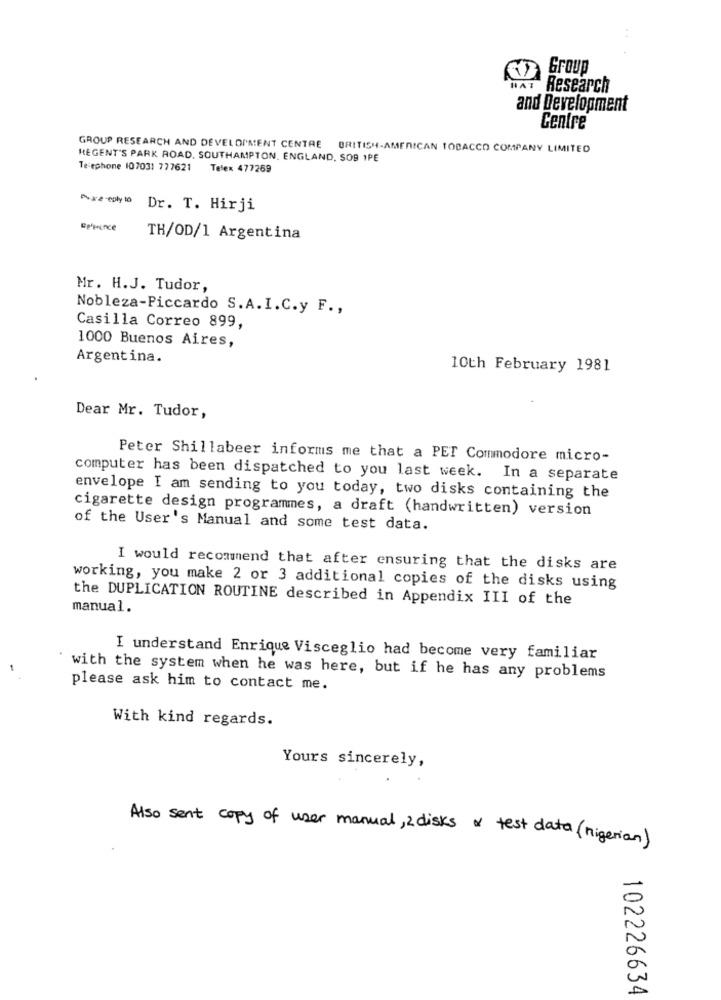
Group
HAT
Research
and Development
Centre
GROUP RESEARCH AND DEVELOPMENT CENTRE BRITISH-AMERICAN TOBACCO COMPANY LIMITED
REGENT'S PARK ROAD, SOUTHAMPTON, ENGLAND, SOS 1PE
Telephone 107031 777621 Telex 477269
Purereplyto Dr. T. Hirji
Eprince
TH/OD/1 Argentina
Mr. H.J. Tudor,
Nobleza-Piccardo S.A.I.C.y F .,
Casilla Correo 899,
1000 Buenos Aires,
Argentina.
10th February 1981
Dear Mr. Tudor,
Peter Shillabeer informs me that a PET Commodore micro-
computer has been dispatched to you last week. In a separate
envelope I am sending to you today, two disks containing the
cigarette design programmes, a draft (handwritten) version
of the User's Manual and some test data.
I would recommend that after ensuring that the disks are
working, you make 2 or 3 additional copies of the disks using
the DUPLICATION ROUTINE described in Appendix III of the
manual.
I understand Enrique Visceglio had become very familiar
with the system when he was here, but if he has any problems
please ask him to contact me.
With kind regards.
Yours sincerely,
Also sent copy of user manual, 2 disks & test data (nigerian)
102226634